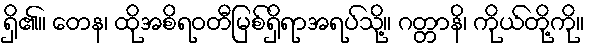
ရှိ၏။ တေန၊ ထိုအစိရဝတီမြစ်ရှိရာအရပ်သို့။ ဂတ္တာနိ၊ ကိုယ်တို့ကို။